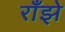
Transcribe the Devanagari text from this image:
राँझे